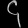
Digit: ၄